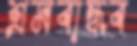
শ্রমবান্ধব